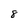
Character: 8